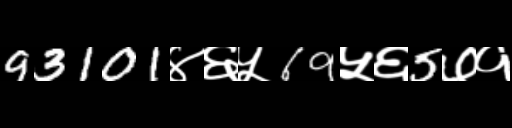
Text: 93101४६५69५६5७१